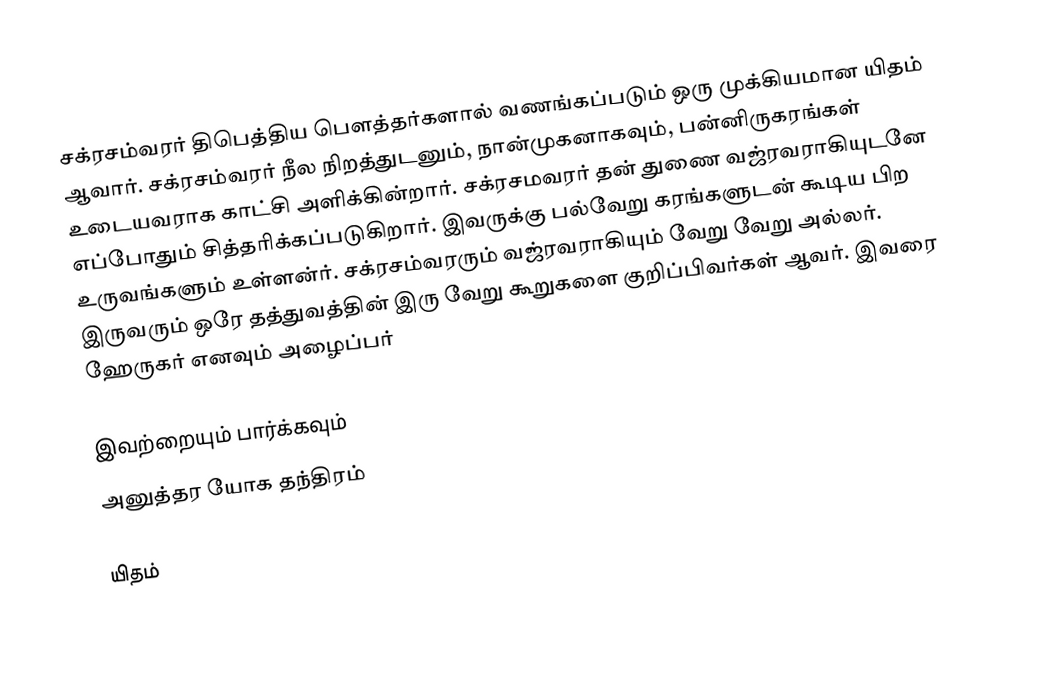
சக்ரசம்வரர் திபெத்திய பௌத்தர்களால் வணங்கப்படும் ஒரு முக்கியமான யிதம் ஆவார். சக்ரசம்வரர் நீல நிறத்துடனும், நான்முகனாகவும், பன்னிருகரங்கள் உடையவராக காட்சி அளிக்கின்றார். சக்ரசமவரர் தன் துணை வஜ்ரவராகியுடனே எப்போதும் சித்தரிக்கப்படுகிறார். இவருக்கு பல்வேறு கரங்களுடன் கூடிய பிற உருவங்களும் உள்ளன்ர். சக்ரசம்வரரும் வஜ்ரவராகியும் வேறு வேறு அல்லர். இருவரும் ஒரே தத்துவத்தின் இரு வேறு கூறுகளை குறிப்பிவர்கள் ஆவர். இவரை ஹேருகர் எனவும் அழைப்பர்

இவற்றையும் பார்க்கவும்
 அனுத்தர யோக தந்திரம்

யிதம்